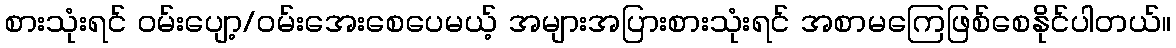
စားသုံးရင် ဝမ်းပျော့/ဝမ်းအေးစေပေမယ့် အများအပြားစားသုံးရင် အစာမကြေဖြစ်စေနိုင်ပါတယ်။